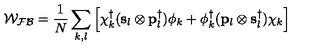
{ \mathcal { W _ { F B } } } = \frac { 1 } { N } \sum _ { k , l } \left[ { \bf { \chi } } _ { k } ^ { \dag } ( { \bf { s } } _ { l } \otimes { \bf { p } } _ { l } ^ { \dag } ) \phi _ { k } + \phi _ { k } ^ { \dag } ( { \bf { p } } _ { l } \otimes { \bf { s } } _ { l } ^ { \dag } ) \chi _ { k } \right]